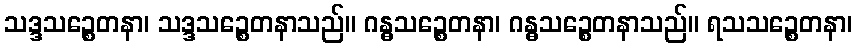
သဒ္ဒသဉ္စေတနာ၊ သဒ္ဒသဉ္စေတနာသည်။ ဂန္ဓသဉ္စေတနာ၊ ဂန္ဓသဉ္စေတနာသည်။ ရသသဉ္စေတနာ၊